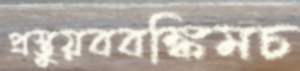
প্রস্তুয়ববঙ্কিমচ